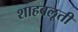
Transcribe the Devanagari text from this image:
शाहबलूती